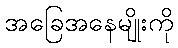
အခြေအနေမျိုးကို